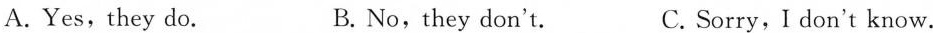
A.Yes, they do. B.No,they don't. C. Sorry, I don't know.